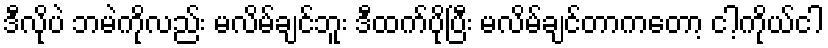
ဒီလိုပဲ ဘမဲကိုလည်း မလိမ်ချင်ဘူး ဒီထက်ပိုပြီး မလိမ်ချင်တာကတော့ ငါ့ကိုယ်ငါ